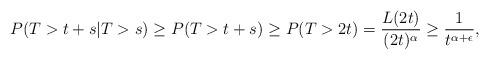
LaTeX: \begin{align*}P( T > t+s | T>s )\geq P(T > t+s) \geq P(T > 2t)= \frac{L(2t)}{(2t)^{\alpha}} \geq \frac{1}{t^{\alpha + \epsilon}},\end{align*}